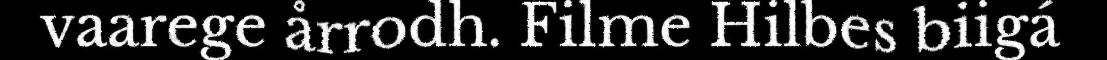
vaarege årrodh. Filme Hilbes biigá